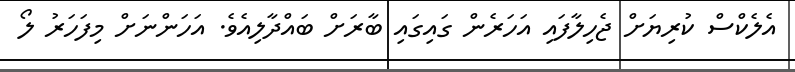
އެލެކްސް ކުރިޔަށް ޖެހިލާފައި އަހަރެން ގައިގައި ބާރަށް ބައްދާލިއެވެ. އަހަންނަށް މިފަހަރު ލޯ